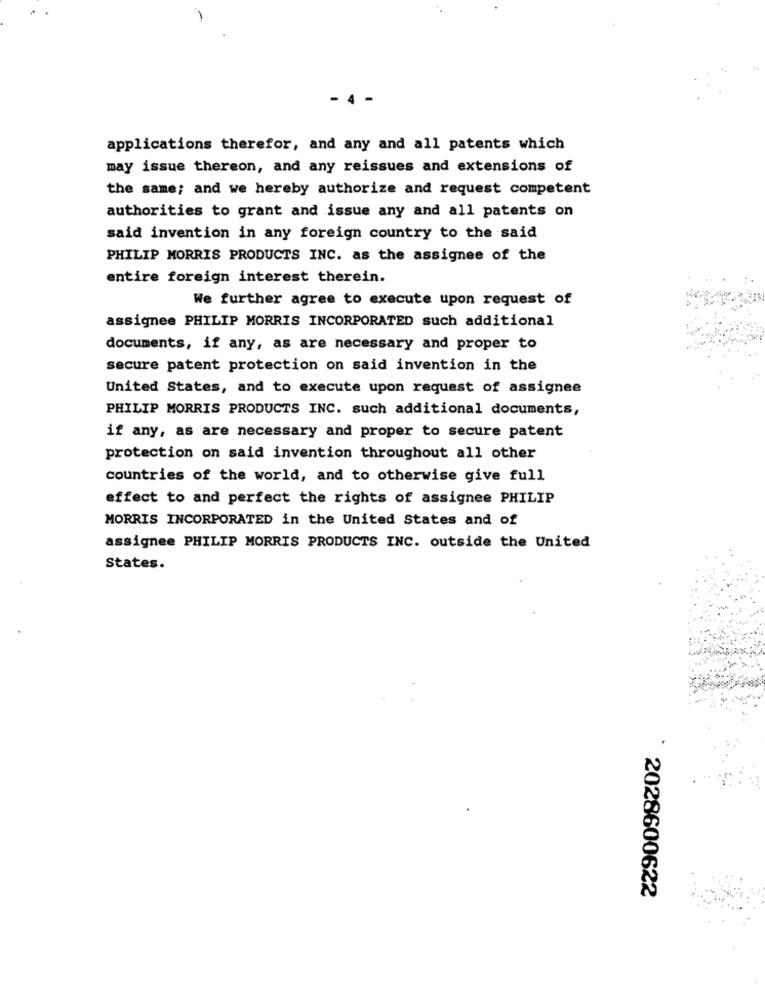
-
- 4
applications therefor, and any and all patents which
may issue thereon, and any reissues and extensions of
the same; and we hereby authorize and request competent
authorities to grant and issue any and all patents on
said invention in any foreign country to the said
PHILIP MORRIS PRODUCTS INC. as the assignee of the
entire foreign interest therein.
We further agree to execute upon request of
assignee PHILIP MORRIS INCORPORATED such additional
documents, if any, as are necessary and proper to
secure patent protection on said invention in the
United States, and to execute upon request of assignee
PHILIP MORRIS PRODUCTS INC. such additional documents,
if any, as are necessary and proper to secure patent
protection on said invention throughout all other
countries of the world, and to otherwise give full
effect to and perfect the rights of assignee PHILIP
MORRIS INCORPORATED in the United States and of
assignee PHILIP MORRIS PRODUCTS INC. outside the United
States.
` 2028600622